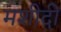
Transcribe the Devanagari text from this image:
मशीदी